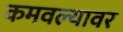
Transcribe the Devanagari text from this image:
कमवल्यावर